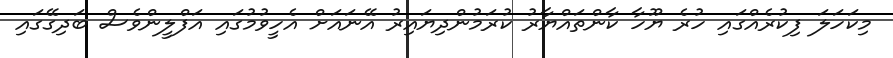
މިކަހަލަ ފިކުރެއްގައި ހުރެ ޔޫހާ ކާންތައްޔާރު ކުރަމުންދިޔައިރު އޭނައަށް އެހީވުމުގައި އަފްލީންވެސް ބަދިގޭގައި